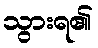
သွားရ၏